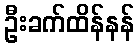
ဦးခက်ထိန်နန်